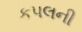
કપલની